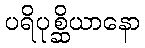
ပရိပုစ္ဆိယာနော